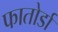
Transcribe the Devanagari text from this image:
फातोर्डा